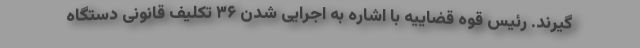
گیرند. رئیس قوه قضاییه با اشاره به اجرایی شدن ۳۶ تکلیف قانونی دستگاه